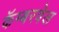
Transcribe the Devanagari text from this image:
कॅम्बरवेल